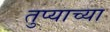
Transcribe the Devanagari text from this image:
तुप्याच्या